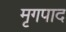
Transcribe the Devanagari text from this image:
मृगपाद